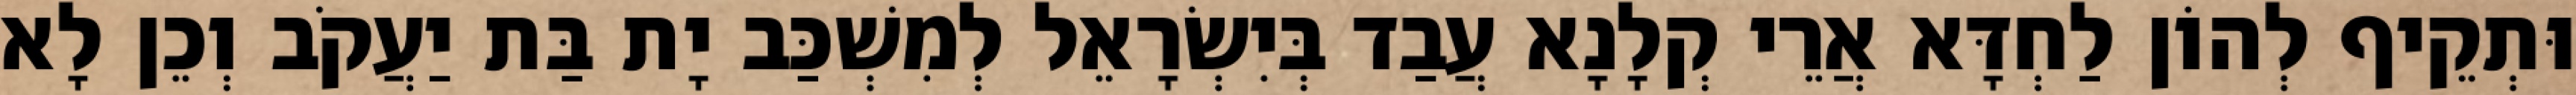
וּתְקֵיף לְהוֹן לַחְדָּא אֲרֵי קְלָנָא עֲבַד בְּיִשְׂרָאֵל לְמִשְׁכַּב יָת בַּת יַעֲקֹב וְכֵן לָא